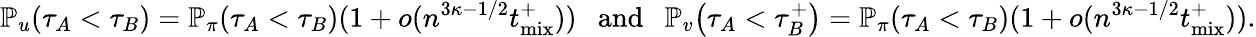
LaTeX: \mathbb{P}_{u}\! \left(\tau_{A}<\tau_{B}\right)=\mathbb{P}_{\pi}\! \left(\tau_{A}<\tau_{B}\right)(1+o(n^{3\kappa-1/2}{t_{\mathrm{mix}}^{+}}))\ \ \mathrm{~and~}\ \ \mathbb{P}_{v}\! \left(\tau_{A}<\tau_{B}^{+}\right)=\mathbb{P}_{\pi}\! \left(\tau_{A}<\tau_{B}\right)(1+o(n^{3\kappa-1/2}{t_{\mathrm{mix}}^{+}})).